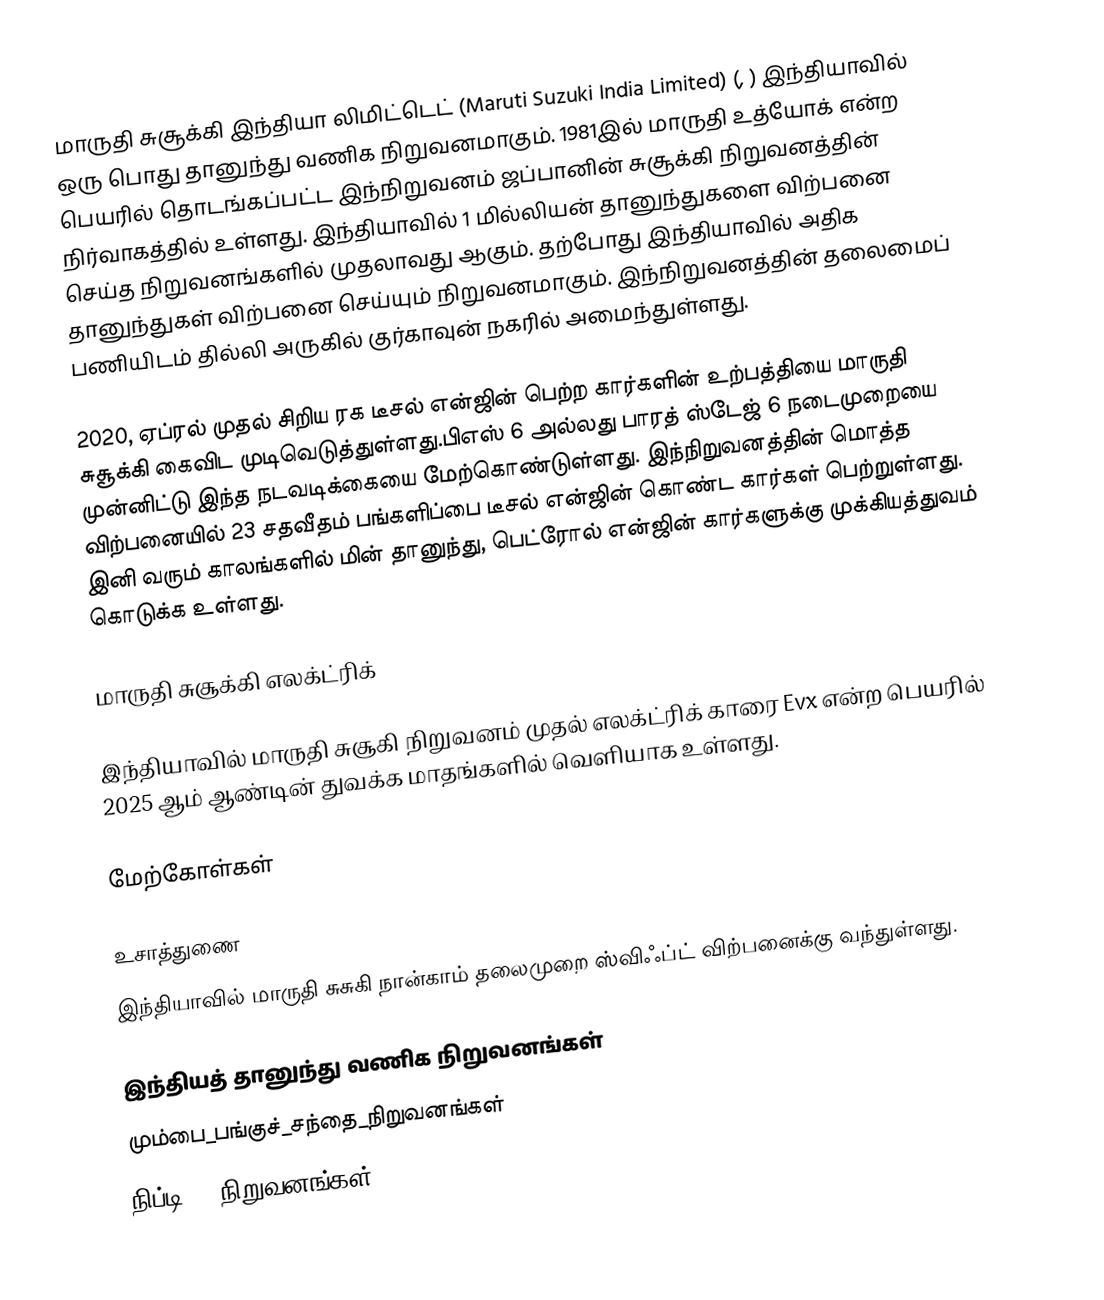
மாருதி சுசூக்கி இந்தியா லிமிட்டெட் (Maruti Suzuki India Limited) (, ) இந்தியாவில் ஒரு பொது தானுந்து வணிக நிறுவனமாகும். 1981இல் மாருதி உத்யோக் என்ற பெயரில் தொடங்கப்பட்ட இந்நிறுவனம் ஜப்பானின் சுசூக்கி நிறுவனத்தின் நிர்வாகத்தில் உள்ளது. இந்தியாவில் 1 மில்லியன் தானுந்துகளை விற்பனை செய்த நிறுவனங்களில் முதலாவது ஆகும். தற்போது இந்தியாவில் அதிக தானுந்துகள் விற்பனை செய்யும் நிறுவனமாகும். இந்நிறுவனத்தின் தலைமைப் பணியிடம் தில்லி அருகில் குர்காவுன் நகரில் அமைந்துள்ளது.

2020, ஏப்ரல் முதல் சிறிய ரக டீசல் என்ஜின் பெற்ற கார்களின் உற்பத்தியை மாருதி சுசூக்கி கைவிட முடிவெடுத்துள்ளது.பிஎஸ் 6 அல்லது பாரத் ஸ்டேஜ் 6 நடைமுறையை முன்னிட்டு இந்த நடவடிக்கையை மேற்கொண்டுள்ளது. இந்நிறுவனத்தின் மொத்த விற்பனையில் 23 சதவீதம் பங்களிப்பை டீசல் என்ஜின் கொண்ட கார்கள் பெற்றுள்ளது. இனி வரும் காலங்களில் மின் தானுந்து, பெட்ரோல் என்ஜின் கார்களுக்கு முக்கியத்துவம் கொடுக்க உள்ளது.

மாருதி சுசூக்கி எலக்ட்ரிக்

இந்தியாவில் மாருதி சுசூகி நிறுவனம் முதல் எலக்ட்ரிக் காரை Evx என்ற பெயரில் 2025 ஆம் ஆண்டின் துவக்க மாதங்களில் வெளியாக உள்ளது.

மேற்கோள்கள்

உசாத்துணை
இந்தியாவில் மாருதி சுசுகி நான்காம் தலைமுறை ஸ்விஃப்ட் விற்பனைக்கு வந்துள்ளது.

இந்தியத் தானுந்து வணிக நிறுவனங்கள்
மும்பை_பங்குச்_சந்தை_நிறுவனங்கள்
நிப்டி_50_நிறுவனங்கள்